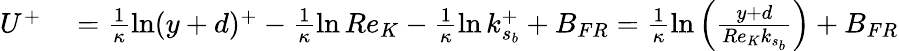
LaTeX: \begin{array}{rl}{U^{+}}&{{}=\frac{1}{\kappa}\ln(y+d)^{+}-\frac{1}{\kappa}\ln Re_{K}-\frac{1}{\kappa}\ln k_{s_{b}}^{+}+B_{FR}=\frac{1}{\kappa}\ln\left(\frac{y+d}{Re_{K}k_{s_{b}}}\right)+B_{FR}}\end{array}